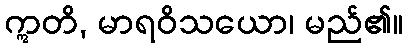
ဣတိ, မာရဝိသယော၊ မည်၏။